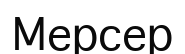
Мерсер